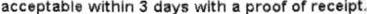
ACCEPTABLE WITHIN 3 DAYS WITH A PROOF OF RECEIPT.